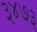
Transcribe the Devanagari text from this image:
३४७३